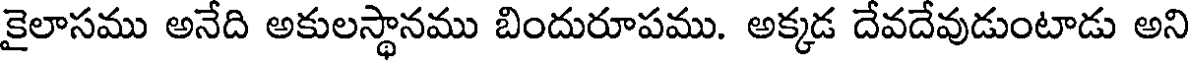
కైలాసము అనేది అకులస్థానము బిందురూపము. అక్కడ దేవదేవుడుంటాడు అని